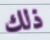
ذلك